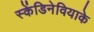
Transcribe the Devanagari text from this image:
स्केंडिनेवियाके